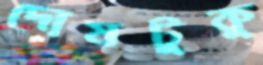
দোষটুকু